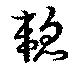
韜